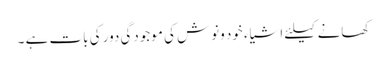
کھانے کیلئے اشیاء خود ونوش کی موجودگی دور کی بات ہے ۔